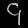
Digit: ၄